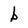
Character: b